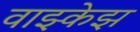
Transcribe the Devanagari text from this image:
वाझ्केझ